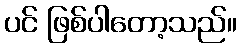
ပင် ဖြစ်ပါတော့သည်။